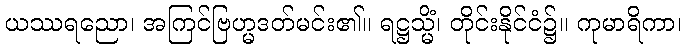
ယဿရညော၊ အကြင်ဗြဟ္မဒတ်မင်း၏။ ရဋ္ဌသ္မိံ၊ တိုင်းနိုင်ငံ၌။ ကုမာရိကာ၊